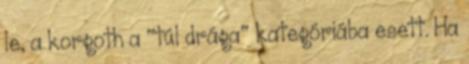
le, a korgoth a "túl drága" kategóriába esett. Ha